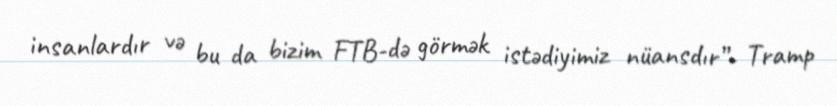
insanlardır və bu da bizim FTB-də görmək istədiyimiz nüansdır”- Tramp